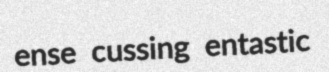
ense cussing entastic